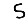
Digit: 5